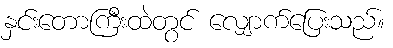
နှင်းတောကြီးထဲတွင် လျှောက်ပြေးသည်။